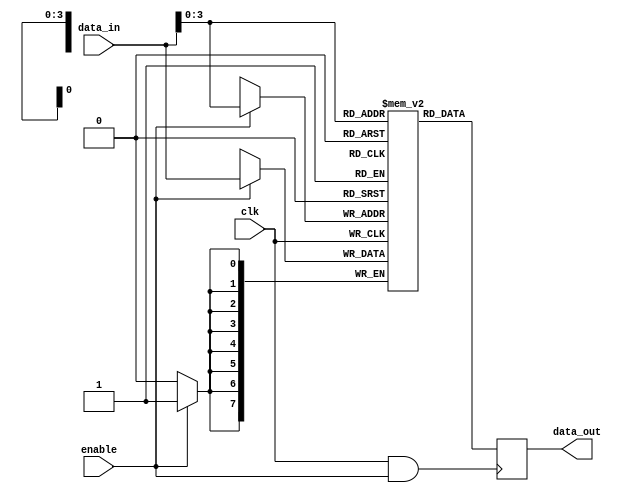
module MemoryBlock(
    input wire clk,               // Global clock signal
    input wire enable,            // Enable signal for the memory block
    input wire [7:0] data_in,     // Data input to the memory block
    output reg [7:0] data_out      // Data output from the memory block
);

// Memory storage (for simplicity, let's use a small array)
reg [7:0] memory_array [0:15]; // 16 x 8-bit memory

// Internal clock signal for the memory block
wire gated_clk;

// Clock gating logic
assign gated_clk = clk & enable; // AND gate for clock gating

// Memory operation
always @(posedge gated_clk) begin
    data_out <= memory_array[data_in[3:0]]; // Read operation
end

// Write operation (for example, on a specific control signal, not shown here)
always @(posedge clk) begin
    if (enable) begin
        memory_array[data_in[3:0]] <= data_in; // Write operation
    end
end

endmodule